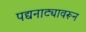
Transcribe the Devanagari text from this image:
पद्यनाट्यावरून